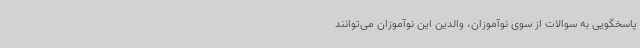
پاسخگویی به سوالات از سوی نوآموزان، والدین این نوآموزان می‌توانند